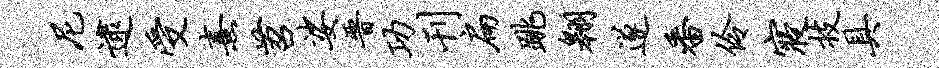
尼逮受熹苕娑晋功刊扁跳翱遂番伶寝技具